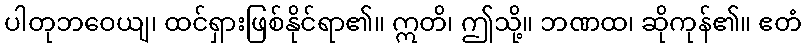
ပါတုဘဝေယျ၊ ထင်ရှားဖြစ်နိုင်ရာ၏။ ဣတိ၊ ဤသို့။ ဘဏထ၊ ဆိုကုန်၏။ ဧတံ